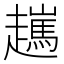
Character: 𧾖